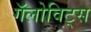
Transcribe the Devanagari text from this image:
गॅलोविट्स